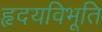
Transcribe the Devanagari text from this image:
हृदयविभूति